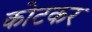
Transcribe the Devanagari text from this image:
कोटकर